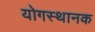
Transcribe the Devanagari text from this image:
योगस्थानक